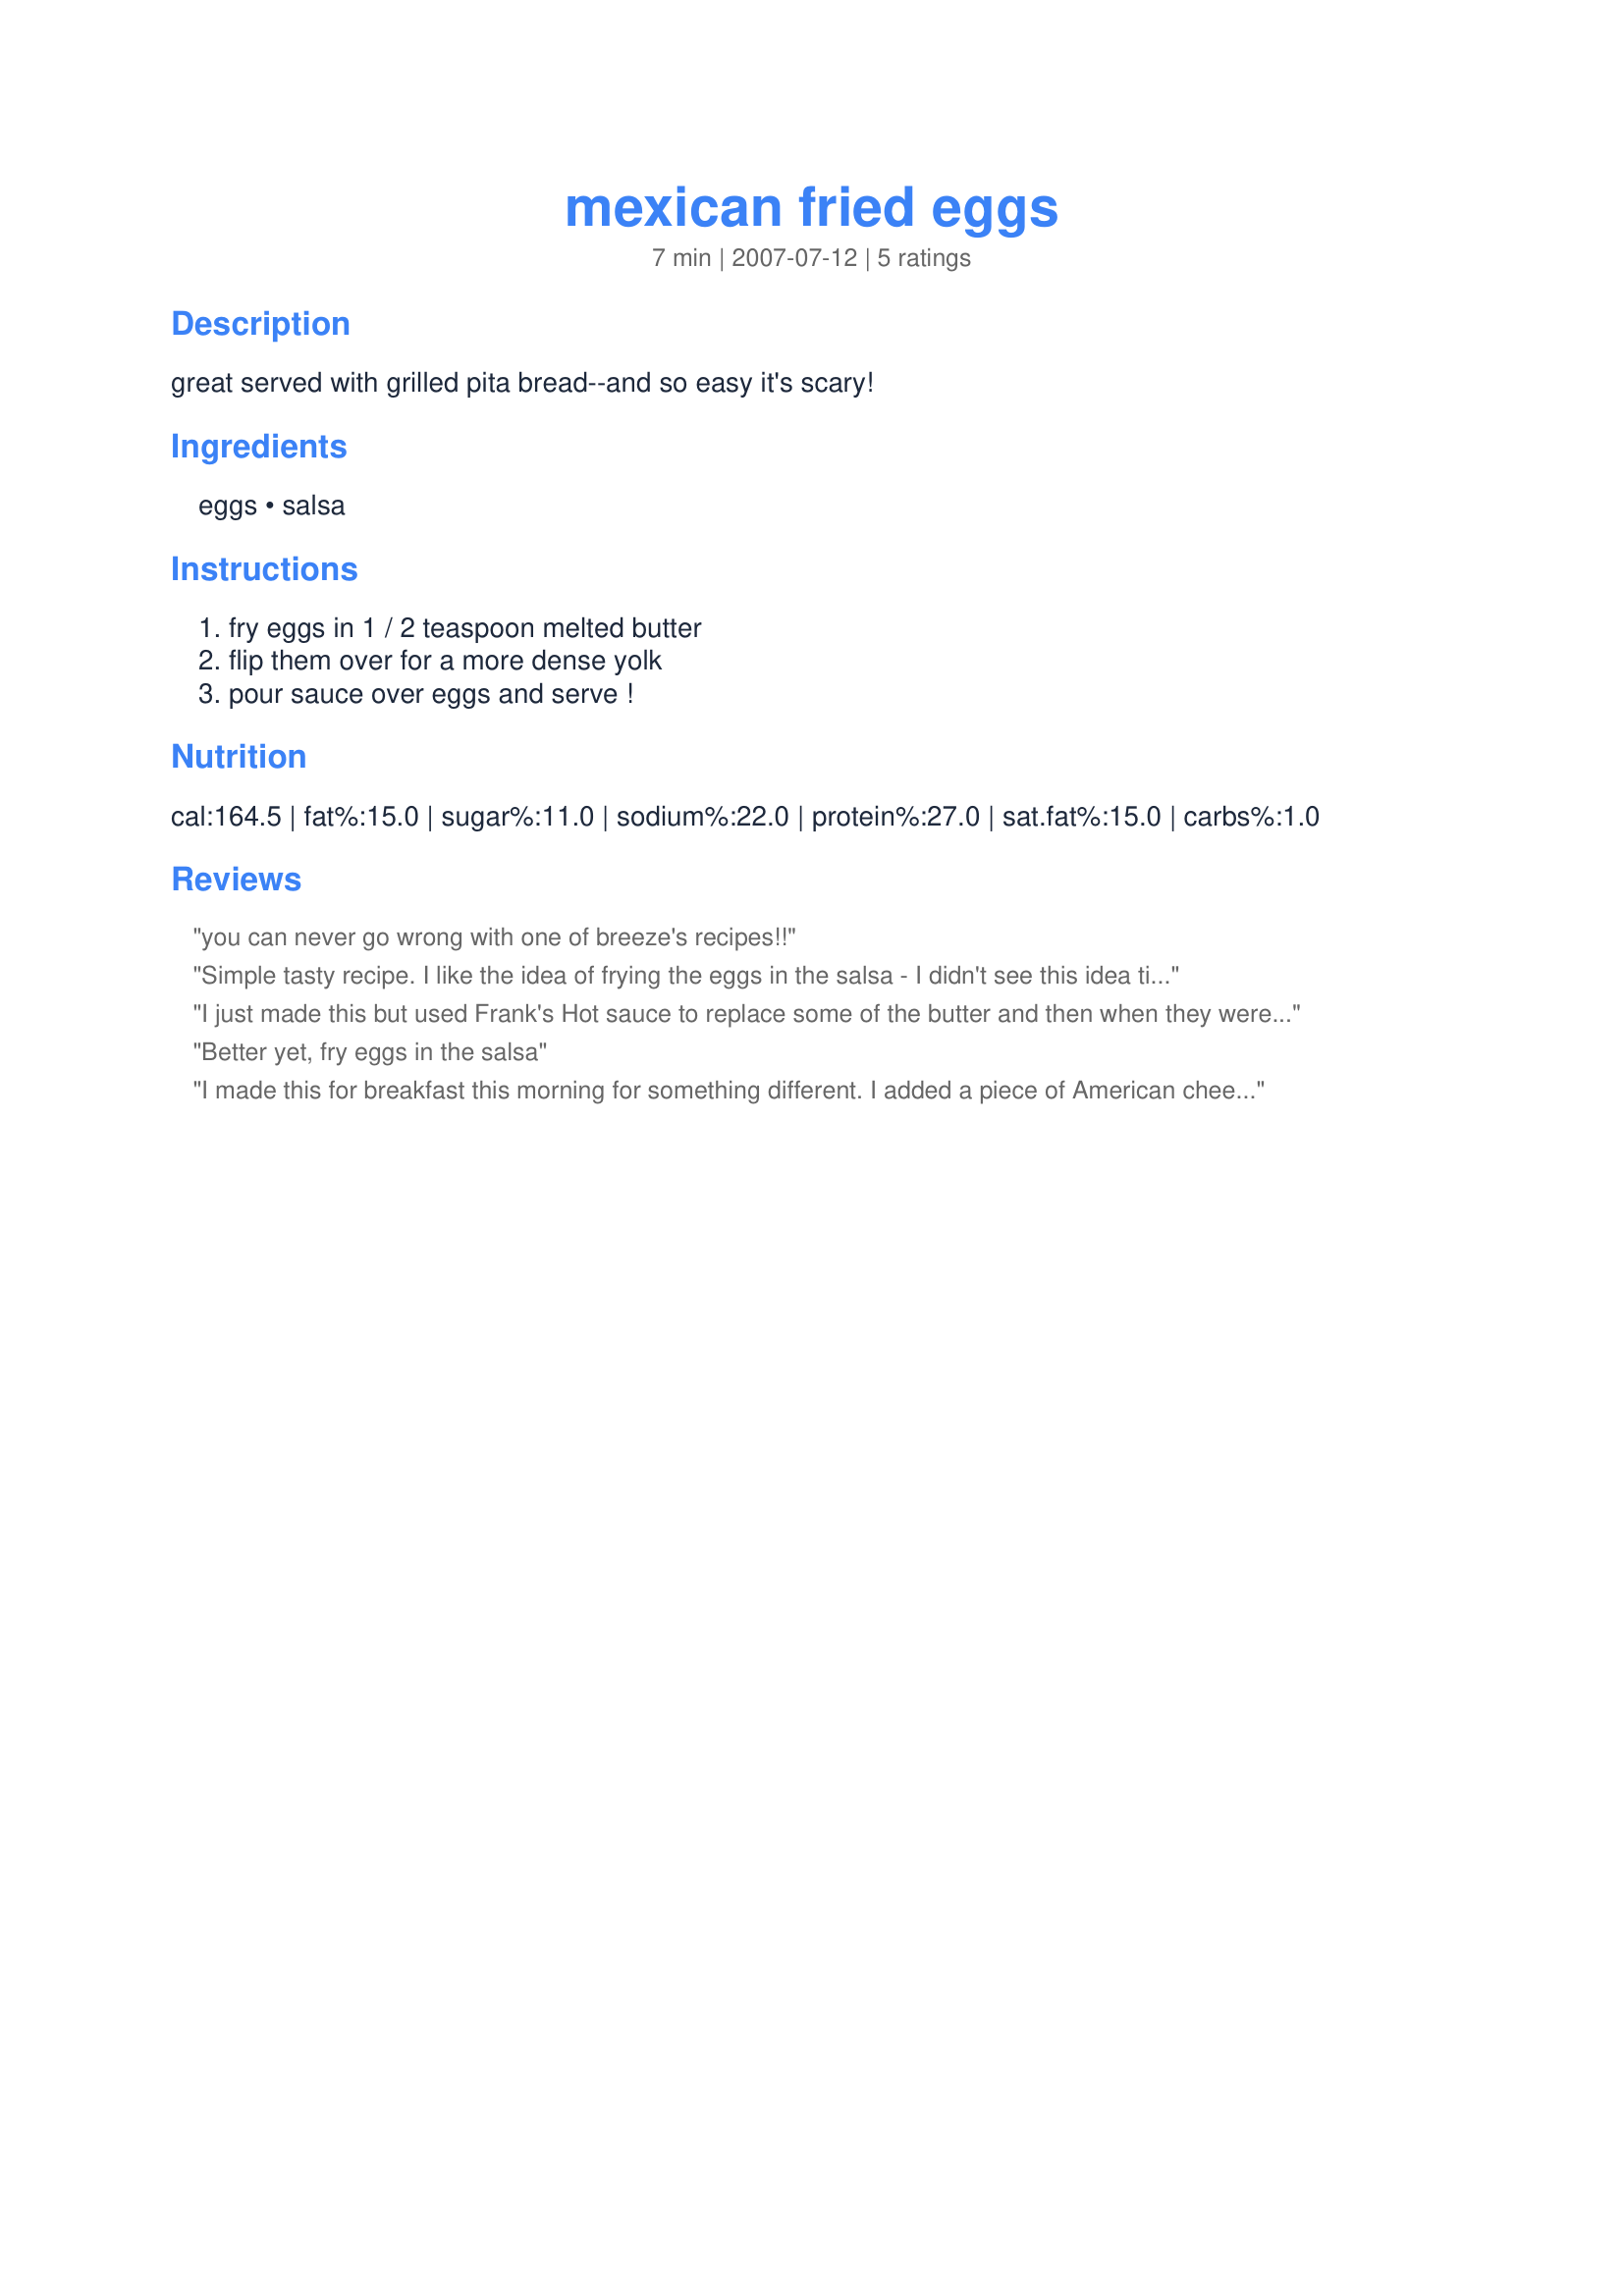
mexican fried eggs
Preparation time: 7 minutes

great served with grilled pita bread--and so easy it's scary!

Ingredients:
eggs, salsa

Steps:
fry eggs in 1 / 2 teaspoon melted butter, flip them over for a more dense yolk, pour sauce over eggs and serve !

Reviews:
you can never go wrong with one of breeze's recipes!!
Simple tasty recipe. I like the idea of frying the eggs in the salsa - I didn't see this idea tilafter I made mine - I overcooked the eggs but they were still good
I just made this but used Frank's Hot sauce to replace some of the butter and then when they were cooked put salsa on. Very good.
Better yet, fry eggs in the salsa
I made this for breakfast this morning for something different. I added a piece of American cheese on top and then stuck a cover on the frying pan for a minute to let the cheese melt on top of the egg and salsa. Absolutely loved it!
